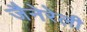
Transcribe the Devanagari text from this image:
जैनेरेली